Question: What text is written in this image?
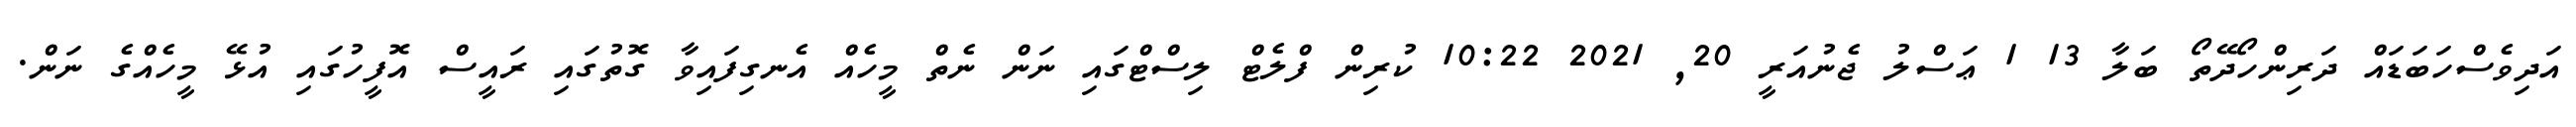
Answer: އަދިވެސްހަބަޑައް ދަރިންހޯދޭތޯ ބަލާ 13 1 ޢަސްލު ޖެނުއަރީ 20, 2021 10:22 ކުރިން ފްލެޓް ލިސްޓްގައި ނަން ނެތް މީހެއް އެނގިފައިވާ ގޮތުގައި ރައީސް އޮފީހުގައި އުޅޭ މީހެއްގެ ނަން.